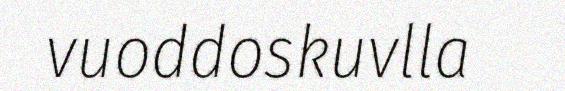
vuoddoskuvlla